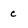
Character: C